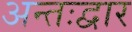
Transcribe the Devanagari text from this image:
अन्तःद्वार